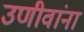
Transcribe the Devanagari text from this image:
उणीवांना